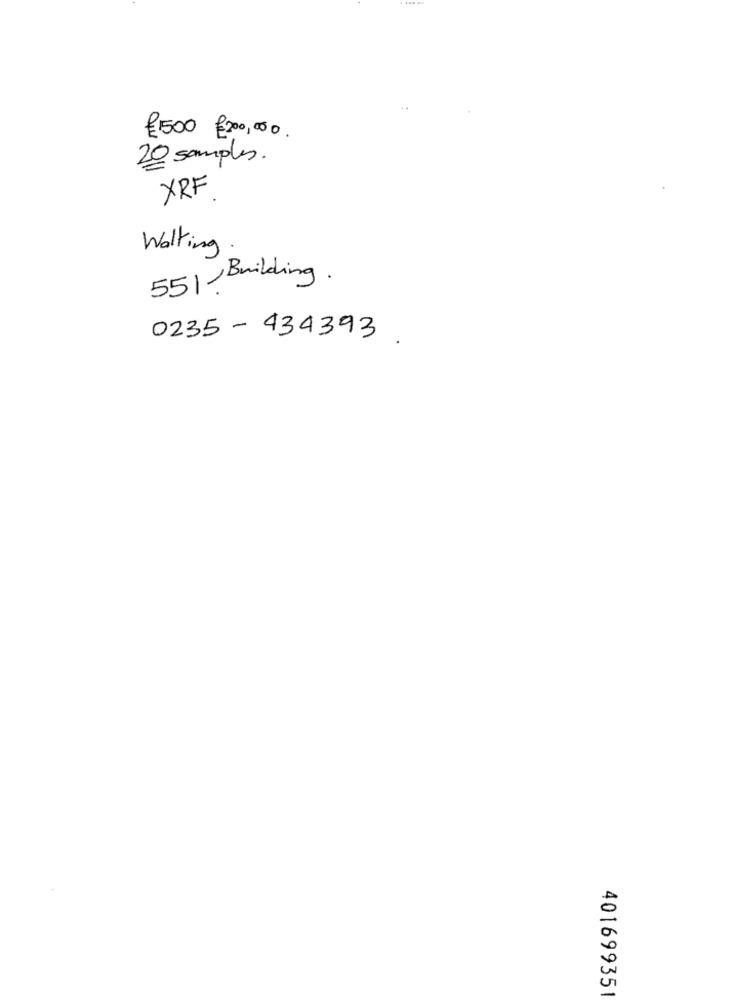
£5.00 €200,000
20 samples.
XRF
Walking
551/Building.
0235-434393.
401699351